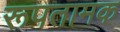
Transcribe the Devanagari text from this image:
रूपतामक